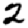
Digit: 2